Bréfritari: Sigríður Pálsdóttir
Viðtakandi: Páll Pálsson
Dagsetning: A-1871-01-02
Skrifað á: Breiðabólsstað  Rang.
Páll var bróðir Sigríðar

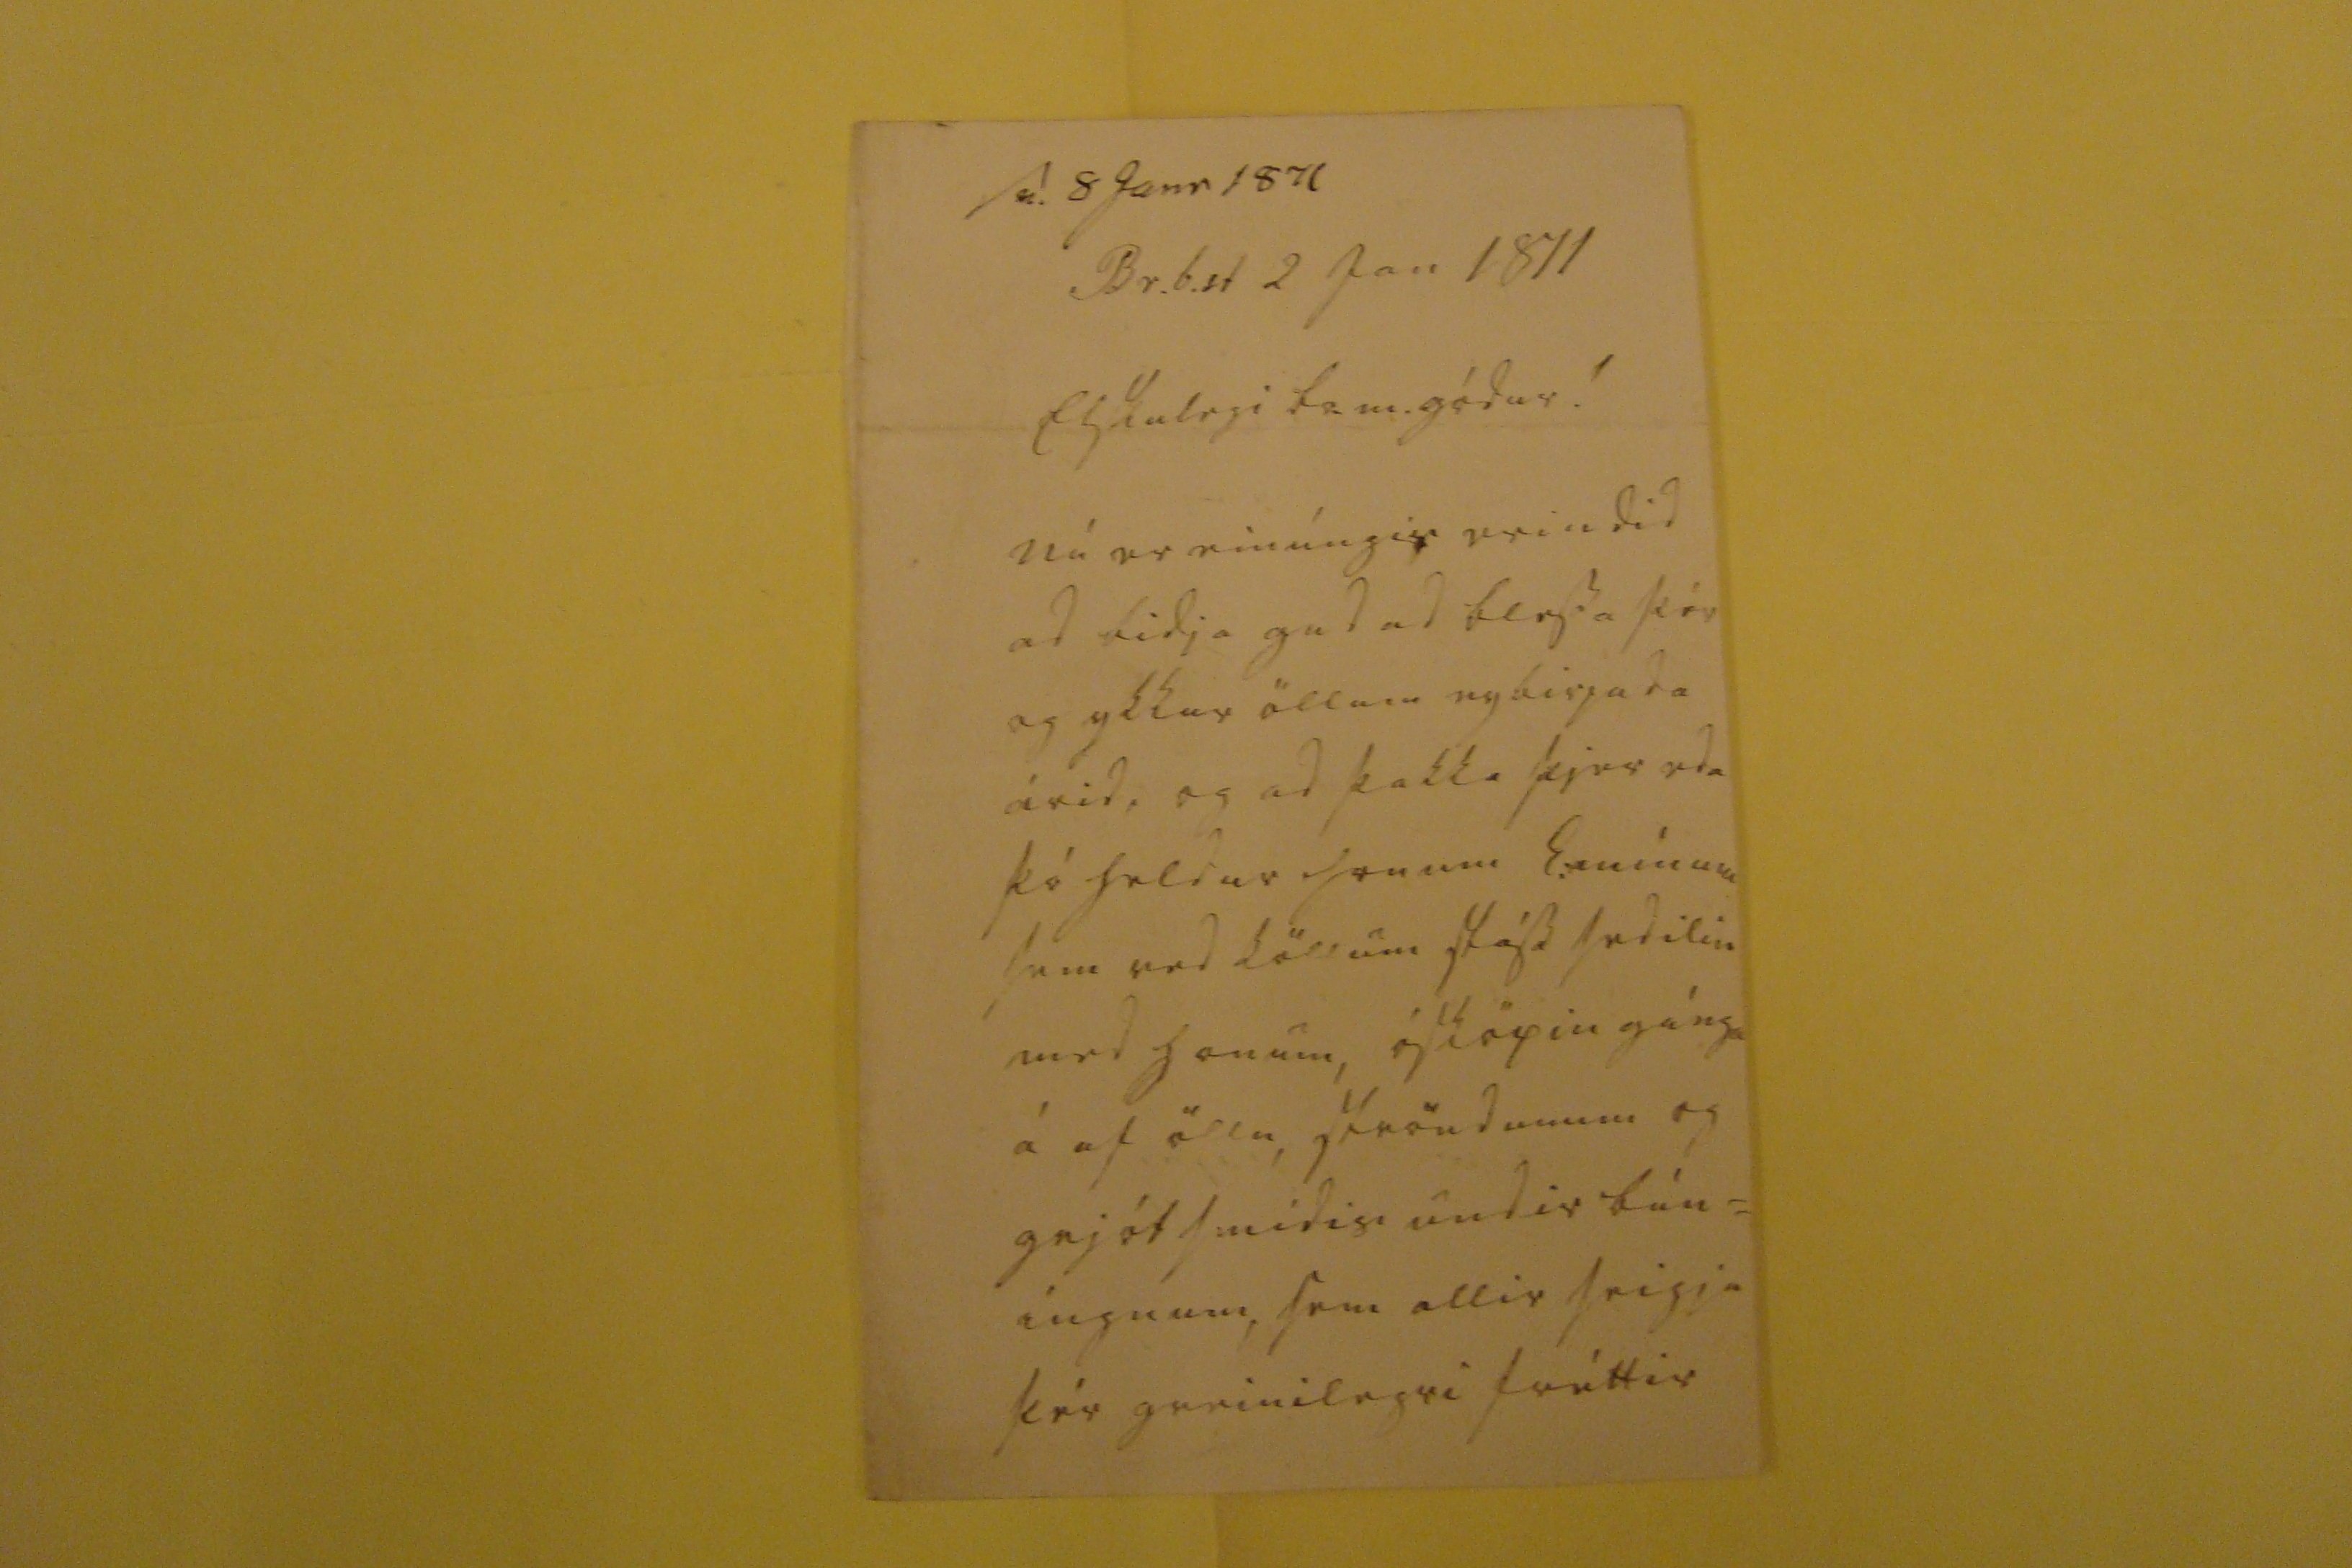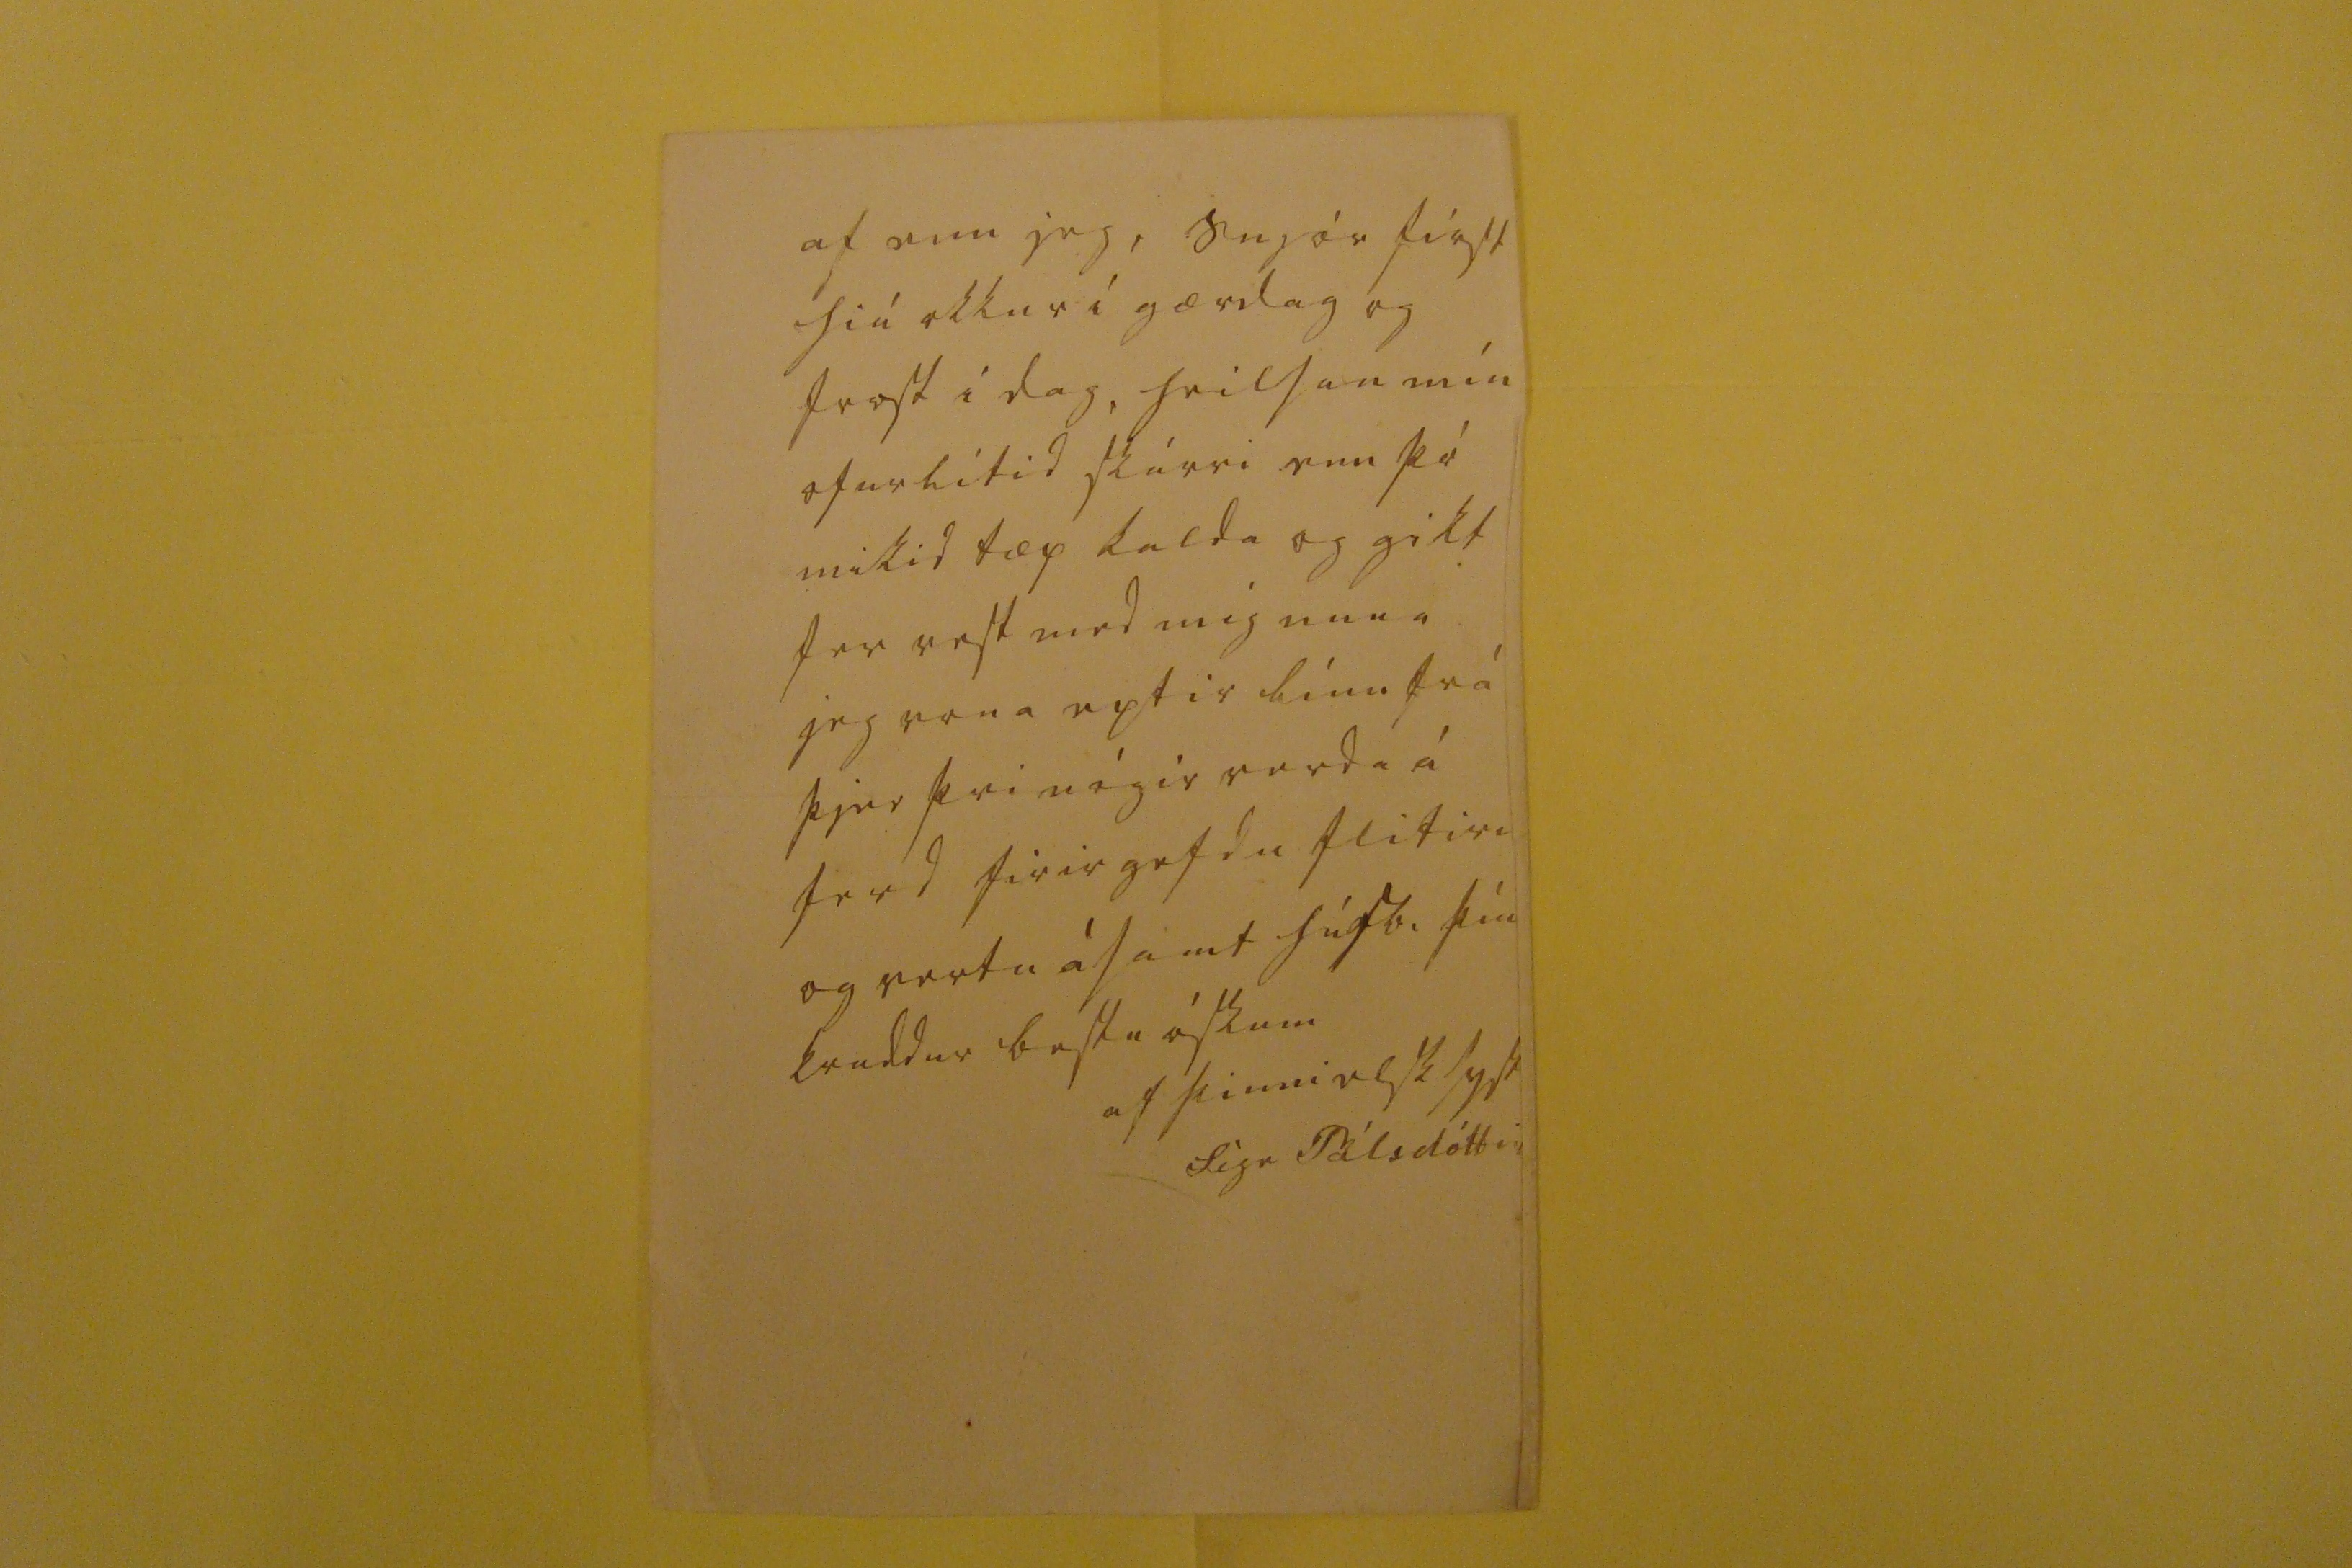

sv. 8 Janr 1871
Br.b.st 2 Jan 1871
Elskulegi br. m. gódur!
nú er einúngis erindid ad bidja gud ad blessa þér og ykkur öllum nybirjada árid, og ad þakka þjer eda þó heldur honum E. mínum sem vid köllumstáss sedilin med honum, ósköpin gánga á af öllu, ströndunum og grjótsmidis undir bún= ingnum, sem allir seigja þér greinilegri fréttir
af enn jeg, snjór first hiá okkur i gærdag og frost i dag, heilsan mín ofurlítid skárri enn þó mikid tæp kalda og gikt fer vest med mig núna jeg vona eptir línu frá þjer þvi nógir verda á ferd firirgefdu flitiri og vertu ásamt húsb. þín kvaddur bestu óskum
af þinni elsk syst
Sigr Pálsdóttir